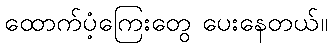
ထောက်ပံ့ကြေးတွေ ပေးနေတယ်။